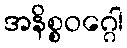
အနိစ္စဝဂ္ဂေါ